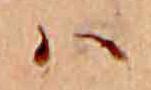
ハ